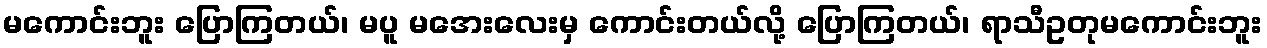
မကောင်းဘူး ပြောကြတယ်၊ မပူ မအေးလေးမှ ကောင်းတယ်လို့ ပြောကြတယ်၊ ရာသီဥတုမကောင်းဘူး